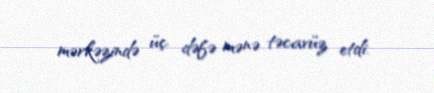
mərkəzində üç dəfə mənə təcavüz etdi.